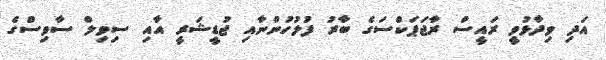
އަދި ވިދާޅުވީ ރައީސް ރާޖަޕަކްސަގެ ބާރު ފުލުހުންނާއި ޖުޑީޝަރީ އާއި ސިވިލް ސާވިސްގެ